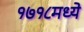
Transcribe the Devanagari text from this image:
१७१८मध्ये